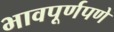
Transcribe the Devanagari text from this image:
भावपूर्णपणे